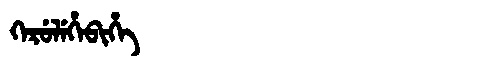
Manchu: ᡴᡝᡵᡠᠯᡝᡥᡝᠪᡳᡥᡝ
Romanization: KERULEHEBIHE